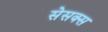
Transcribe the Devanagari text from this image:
सेसक्स